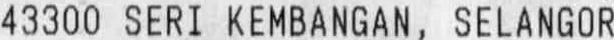
43300 SERI KEMBANGAN, SELANGOR